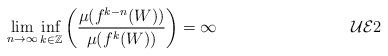
LaTeX: \begin{align*} \lim_{n \rightarrow \infty} \inf_{k \in {\mathbb Z}} \left (\frac{\mu(f^{k-n}(W))}{\mu(f^{k}(W))} \right ) = \infty \tag*{$\mathcal{UE}2$} \end{align*}